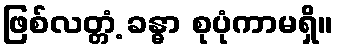
ဖြစ်လတ္တံ့ ခန္ဓာ စုပုံကာမရှိ။